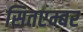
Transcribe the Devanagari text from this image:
सितएम्बर